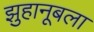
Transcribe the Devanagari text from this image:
झुहानूबला